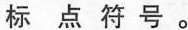
标点符号。